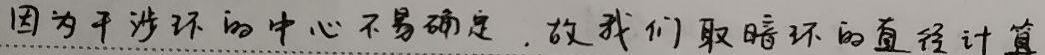
因为干涉环的中心不易确定, 故我们取暗环的直径计算